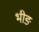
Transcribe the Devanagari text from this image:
भीङ